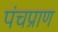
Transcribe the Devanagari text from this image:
पंचप्राण